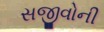
સજીવોની